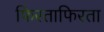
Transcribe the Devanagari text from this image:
फिरताफिरता